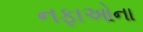
નફાઓના